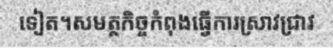
ទៀត។សមត្ថកិច្ចកំពុងធ្វើការស្រាវជ្រាវ